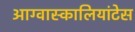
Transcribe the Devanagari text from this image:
आग्वास्कालियांटेस